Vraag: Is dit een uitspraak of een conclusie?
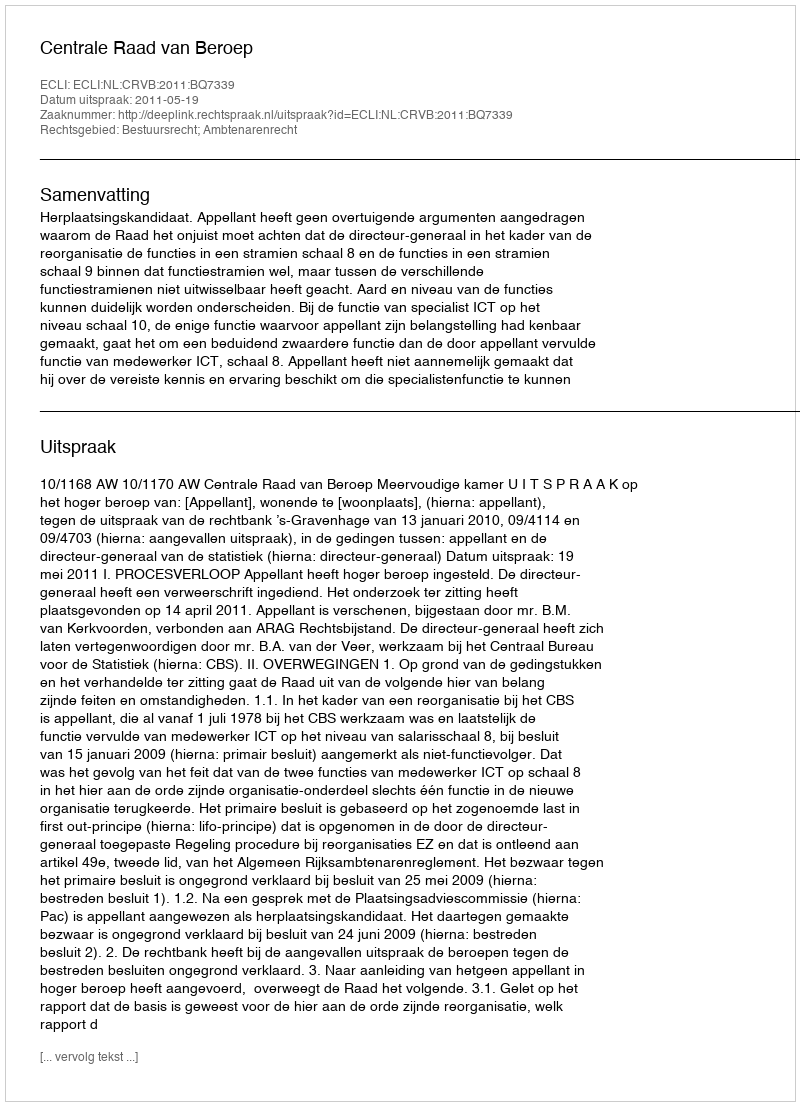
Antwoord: Uitspraak